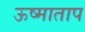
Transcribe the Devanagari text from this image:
ऊष्माताप